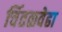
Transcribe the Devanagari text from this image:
चिंतळवेढा